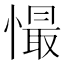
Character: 𢢇